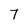
Character: 7